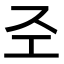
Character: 𢀖